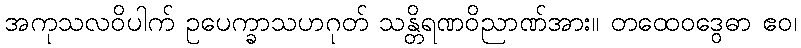
အကုသလဝိပါက် ဥပေက္ခာသဟဂုတ် သန္တိရဏဝိညာဏ်အား။ တထေဝဒွေဓာ ဧဝ၊